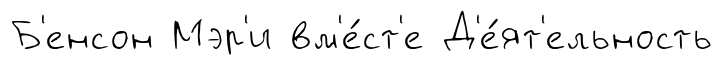
Б'енсон Мэр'и вм'е́ст'е Д'е́ят'ельность